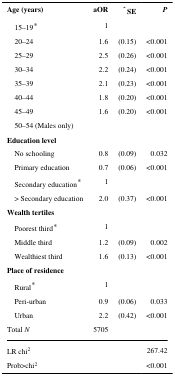
| Age (years) | aOR | ˆ SE | P |
 | --- | --- | --- | --- |
 | 15–19* | 1 |  |  |
 | 20–24 | 1.6 | (0.15) | <0.001 |
 | 25–29 | 2.5 | (0.26) | <0.001 |
 | 30–34 | 2.2 | (0.24) | <0.001 |
 | 35–39 | 2.1 | (0.23) | <0.001 |
 | 40–44 | 1.8 | (0.20) | <0.001 |
 | 45–49 | 1.6 | (0.20) | <0.001 |
 | 50–54 (Males only) |  |  |  |
 | Education level |  |  |  |
 | No schooling | 0.8 | (0.09) | 0.032 |
 | Primary education | 0.7 | (0.06) | <0.001 |
 | Secondary education* | 1 |  |  |
 | > Secondary education | 2.0 | (0.37) | <0.001 |
 | Wealth tertiles |  |  |  |
 | Poorest third* | 1 |  |  |
 | Middle third | 1.2 | (0.09) | 0.002 |
 | Wealthiest third | 1.6 | (0.13) | <0.001 |
 | Place of residence |  |  |  |
 | Rural* | 1 |  |  |
 | Peri-urban | 0.9 | (0.06) | 0.033 |
 | Urban | 2.2 | (0.42) | <0.001 |
 | Total N | 5705 |  |  |
 | LR chi2 |  |  | 267.42 |
 | Prob>chi2 |  |  | <0.001 |